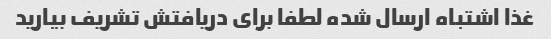
غذا اشتباه ارسال شده لطفا برای دریافتش تشریف بیارید